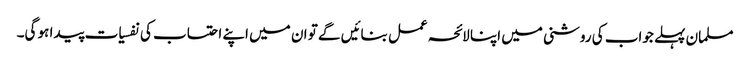
مسلمان پہلے جواب کی روشنی میں اپنا لائحہ عمل بنائیں گے تو ان میں اپنے احتساب کی نفسیات پیدا ہو گی۔